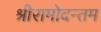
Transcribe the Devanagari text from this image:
श्रीरामोदन्तम